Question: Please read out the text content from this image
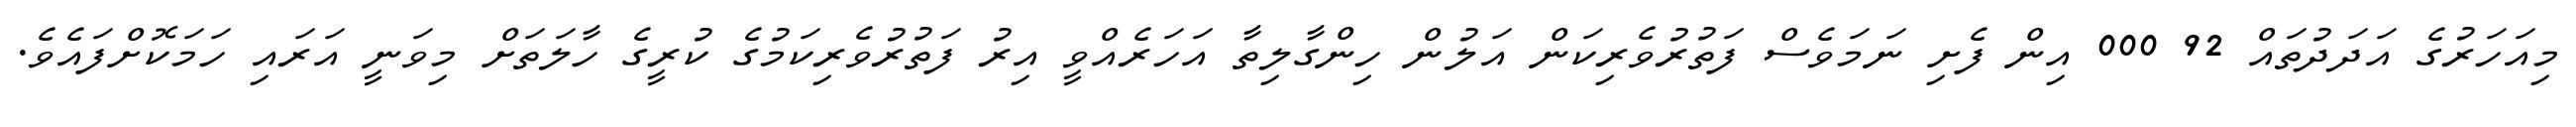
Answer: މިއަހަރުގެ އަދަދުތައް 92 000 އިން ފެށި ނަމަވެސް ފަތުރުވެރިކަން އަލުން ހިންގާލިތާ އަހަރެއްވީ އިރު ފަތުރުވެރިކަމުގެ ކުރީގެ ހާލަތަށް މިވަނީ އަރައި ހަމަކޮށްފައެވެ.